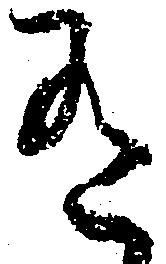
有